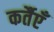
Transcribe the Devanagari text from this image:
कर्तैएँ